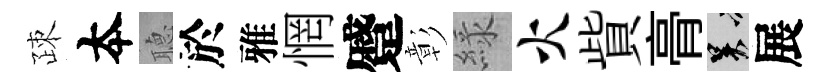
疎夲𦗟於雅惘蹙彰緑火貲𮌔吴展